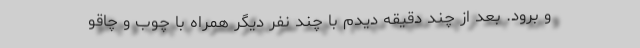
و برود. بعد از چند دقیقه دیدم با چند نفر دیگر همراه با چوب و چاقو